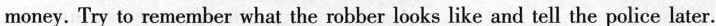
money. Try to remember what the robber looks like and tell the police later.